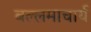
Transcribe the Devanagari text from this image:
बल्लमाचार्य